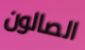
الصالون